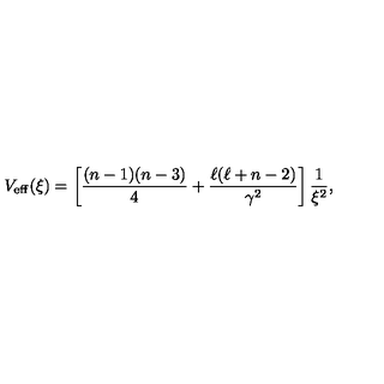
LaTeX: V _ { \mathrm { e f f } } ( \xi ) = \left[ \frac { ( n - 1 ) ( n - 3 ) } { 4 } + \frac { \ell ( \ell + n - 2 ) } { \gamma ^ { 2 } } \right] \frac { 1 } { \xi ^ { 2 } } ,